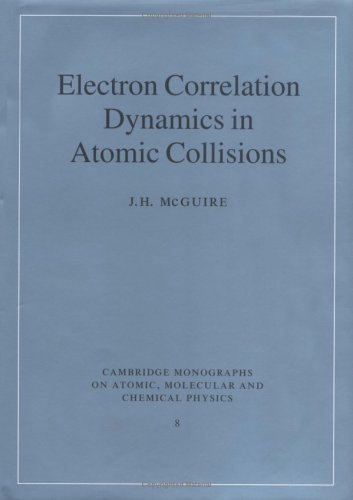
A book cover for Electron Correlation Dynamics in Atomic Collisions (Cambridge Monographs on Atomic, Molecular and Chemical Physics); J. H. McGuire; Science & Math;